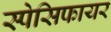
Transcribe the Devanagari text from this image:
स्पेसिफायर